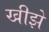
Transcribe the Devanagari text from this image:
खीझे